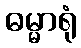
ဓမ္မာရုံ